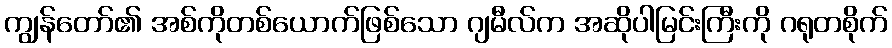
ကျွန်တော်၏ အစ်ကိုတစ်ယောက်ဖြစ်သော ဂျမီလ်က အဆိုပါမြင်းကြီးကို ဂရုတစိုက်